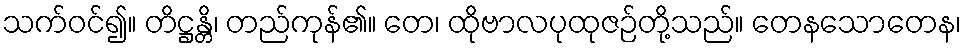
သက်ဝင်၍။ တိဋ္ဌန္တိ၊ တည်ကုန်၏။ တေ၊ ထိုဗာလပုထုဇဉ်တို့သည်။ တေနသောတေန၊